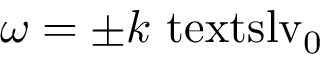
\omega = \pm k \ensuremath { \mathrm { \ t e x t s l { v } } _ { 0 } }